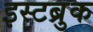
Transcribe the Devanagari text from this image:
इस्टब्रुक